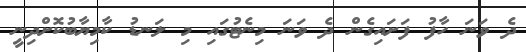
ދެ ވަނަ ހާފު ފަށައިގެން ދެ ވަނަ މިނެޓުގައި މި ލަނޑު ކާމިޔާބުކޮށްދިނީ